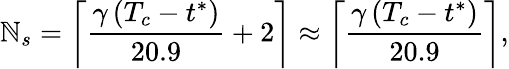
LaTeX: \mathbb{N}_{s}=\left\lceil\frac{{\gamma\, (T_{c}-t^{*})}}{{20.9}}+2\right\rceil\approx\left\lceil\frac{{\gamma\, (T_{c}-t^{*})}}{{20.9}}\right\rceil,